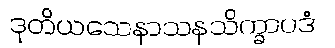
ဒုတိယသေနာသနသိက္ခာပဒံ